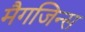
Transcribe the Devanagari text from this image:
मैगजिन्स